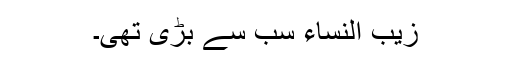
زیب النساء سب سے بڑی تھی۔